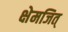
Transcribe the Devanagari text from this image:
क्षेमजित्